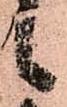
候